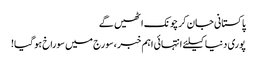
پاکستانی جان کر چونک اٹھیں گے
پوری دنیا کیلئے انتہائی اہم خبر ،سورج میں سوراخ ہو گیا!